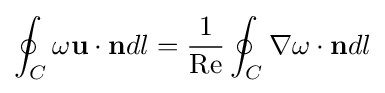
\oint _{C}\omega \mathbf {u} \cdot \mathbf {n} dl={\frac {1}{\mathrm {Re} }}\oint _{C}\nabla \omega \cdot \mathbf {n} dl